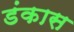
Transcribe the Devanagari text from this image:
डंकास